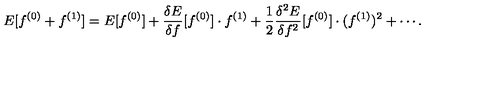
E [ f ^ { ( 0 ) } + f ^ { ( 1 ) } ] = E [ f ^ { ( 0 ) } ] + \frac { \delta E } { \delta f } [ f ^ { ( 0 ) } ] \cdot f ^ { ( 1 ) } + \frac { 1 } { 2 } \frac { \delta ^ { 2 } E } { \delta f ^ { 2 } } [ f ^ { ( 0 ) } ] \cdot ( f ^ { ( 1 ) } ) ^ { 2 } + \cdots .